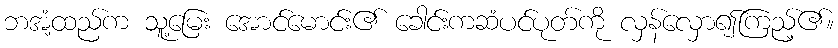
ဘအံ့ထည်က သူ့မြေး အောင်မောင်း၏ ခေါင်းကဆံပင်ပုတ်ကို လှန်လှော၍ကြည့်၏။